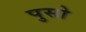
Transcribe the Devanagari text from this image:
पुसो